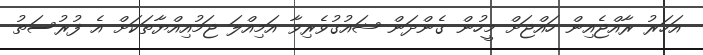
އަހަރު ރާއްޖެއިން ހައްޖަށް މީހުން ގެންދަން ޝައުގުވެރިވާ އަމިއްލަ ޖަމުއިއްޔާތަކަށް އެ ފުރުސަތު